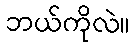
ဘယ်ကိုလဲ။